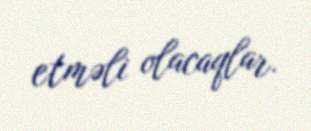
etməli olacaqlar.